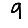
Digit: 9